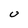
Character: U